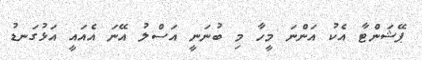
ޕޭޝަންޓާ އެކު އަންނަ މީހާ މި ބުނަނީ އަސްލު އޭނަ އެއައީ އަޅުގަނޑު